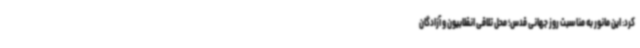
کرد: این مانور به مناسبت روز جهانی قدس؛ محل تلاقی انقلابیون و آزادگان